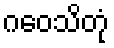
ဂဝေသိတုံ